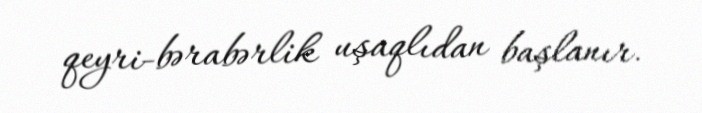
qeyri-bərabərlik uşaqlıdan başlanır.